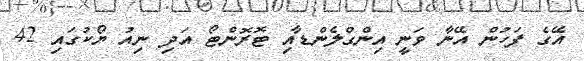
އޭގެ ފަހުން އޭނާ ވަނީ އިންގްލެންޑާއި ޓޮރޮންޓޯ އަދި ނިއު ޔޯކުގައި 42